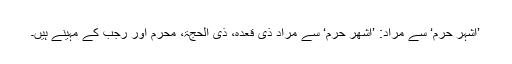
’اشہر حرم‘ سے مراد: ’اَشْھُرُ حُرُم‘ سے مراد ذی قعدہ، ذی الحجۃ، محرم اور رجب کے مہینے ہیں۔